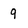
Character: 9